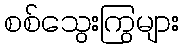
စစ်သွေးကြွများ